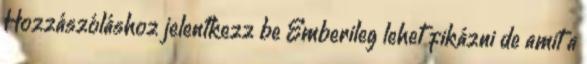
Hozzászóláshoz jelentkezz be Emberileg lehet fikázni de amit a